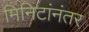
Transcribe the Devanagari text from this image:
मिनिटांनंतर